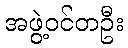
အဖွဲ့ဝင်တဦး